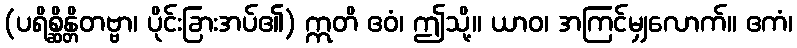
(ပရိစ္ဆိန္တိတဗ္ဗာ၊ ပိုင်းခြားအပ်၏) ဣတိ ဧဝံ၊ ဤသို့။ ယာဝ၊ အကြင်မျှလောက်။ ဧကံ၊